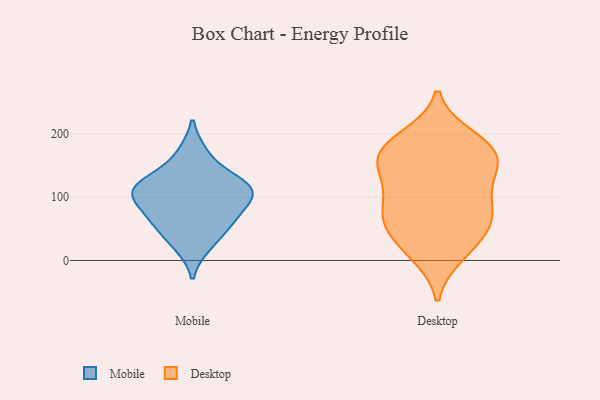
{"axis": {"x": "Active Users", "y": "Value"}, "legend": ["Desktop", "Mobile"], "data": [{"x": "", "y": 114, "type": "Mobile"}, {"x": "", "y": 169, "type": "Mobile"}, {"x": "", "y": 96, "type": "Mobile"}, {"x": "", "y": 116, "type": "Mobile"}, {"x": "", "y": 24, "type": "Mobile"}, {"x": "", "y": 63, "type": "Mobile"}, {"x": "", "y": 113, "type": "Mobile"}, {"x": "", "y": 52, "type": "Mobile"}, {"x": "", "y": 126, "type": "Mobile"}, {"x": "", "y": 81, "type": "Mobile"}, {"x": "", "y": 172, "type": "Desktop"}, {"x": "", "y": 115, "type": "Desktop"}, {"x": "", "y": 53, "type": "Desktop"}, {"x": "", "y": 149, "type": "Desktop"}, {"x": "", "y": 194, "type": "Desktop"}, {"x": "", "y": 149, "type": "Desktop"}, {"x": "", "y": 70, "type": "Desktop"}, {"x": "", "y": 171, "type": "Desktop"}, {"x": "", "y": 89, "type": "Desktop"}, {"x": "", "y": 78, "type": "Desktop"}, {"x": "", "y": 171, "type": "Desktop"}, {"x": "", "y": 131, "type": "Desktop"}, {"x": "", "y": 16, "type": "Desktop"}, {"x": "", "y": 41, "type": "Desktop"}, {"x": "", "y": 68, "type": "Desktop"}, {"x": "", "y": 186, "type": "Desktop"}, {"x": "", "y": 10, "type": "Desktop"}]}